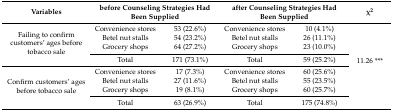
<table><thead><tr><td><b>Variables</b></td><td colspan="2"><b>before Counseling Strategies Had Been Supplied</b></td><td colspan="2"><b>after Counseling Strategies Had Been Supplied</b></td><td><b>χ<sup>2</sup></b></td></tr></thead><tbody><tr><td rowspan="4">Failing to confirm customers’ ages before tobacco sale</td><td>Convenience stores</td><td>53 (22.6%)</td><td>Convenience stores</td><td>10 (4.1%)</td><td rowspan="8">11.26 ***</td></tr><tr><td>Betel nut stalls</td><td>54 (23.2%)</td><td>Betel nut stalls</td><td>26 (11.1%)</td></tr><tr><td>Grocery shops</td><td>64 (27.2%)</td><td>Grocery shops</td><td>23 (10.0%)</td></tr><tr><td>Total</td><td>171 (73.1%)</td><td>Total</td><td>59 (25.2%)</td></tr><tr><td rowspan="4">Confirm customers’ ages before tobacco sale</td><td>Convenience stores</td><td>17 (7.3%)</td><td>Convenience stores</td><td>60 (25.6%)</td></tr><tr><td>Betel nut stalls</td><td>27 (11.6%)</td><td>Betel nut stalls</td><td>55 (23.5%)</td></tr><tr><td>Grocery shops</td><td>19 (8.1%)</td><td>Grocery shops</td><td>60 (25.7%)</td></tr><tr><td>Total</td><td>63 (26.9%)</td><td>Total</td><td>175 (74.8%)</td></tr></tbody></table>